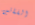
الفتاتين